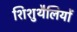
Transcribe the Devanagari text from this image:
शिशुथैलियों